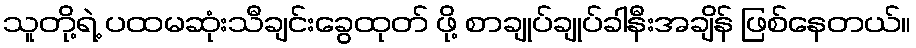
သူတို့ရဲ့ ပထမဆုံးသီချင်းခွေထုတ် ဖို့ စာချုပ်ချုပ်ခါနီးအချိန် ဖြစ်နေတယ်။